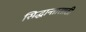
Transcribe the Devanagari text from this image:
सिद्धान्तासाठी